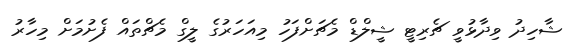
ޝާހިދު ވިދާޅުވީ ޗެރިޓީ ޝީލްޑް މެޗަށްފަހު މިއަހަރުގެ ލީގް މެޗްތައް ފެށުމަށް މިހާރު